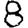
Digit: 8